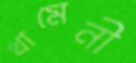
খামেনী